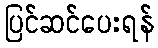
ပြင်ဆင်ပေးရန်